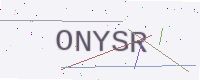
Text: ONYSR